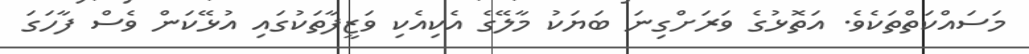
މަސައްކަތްތަކެވެ. އަތޮޅުގެ ވަރަށްގިނަ ބަޔަކު މާލޭގެ އެކިއެކި ވަޒީފާތަކުގައި އުޅޭކަން ވެސް ފާހަގަ